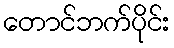
တောင်ဘက်ပိုင်း